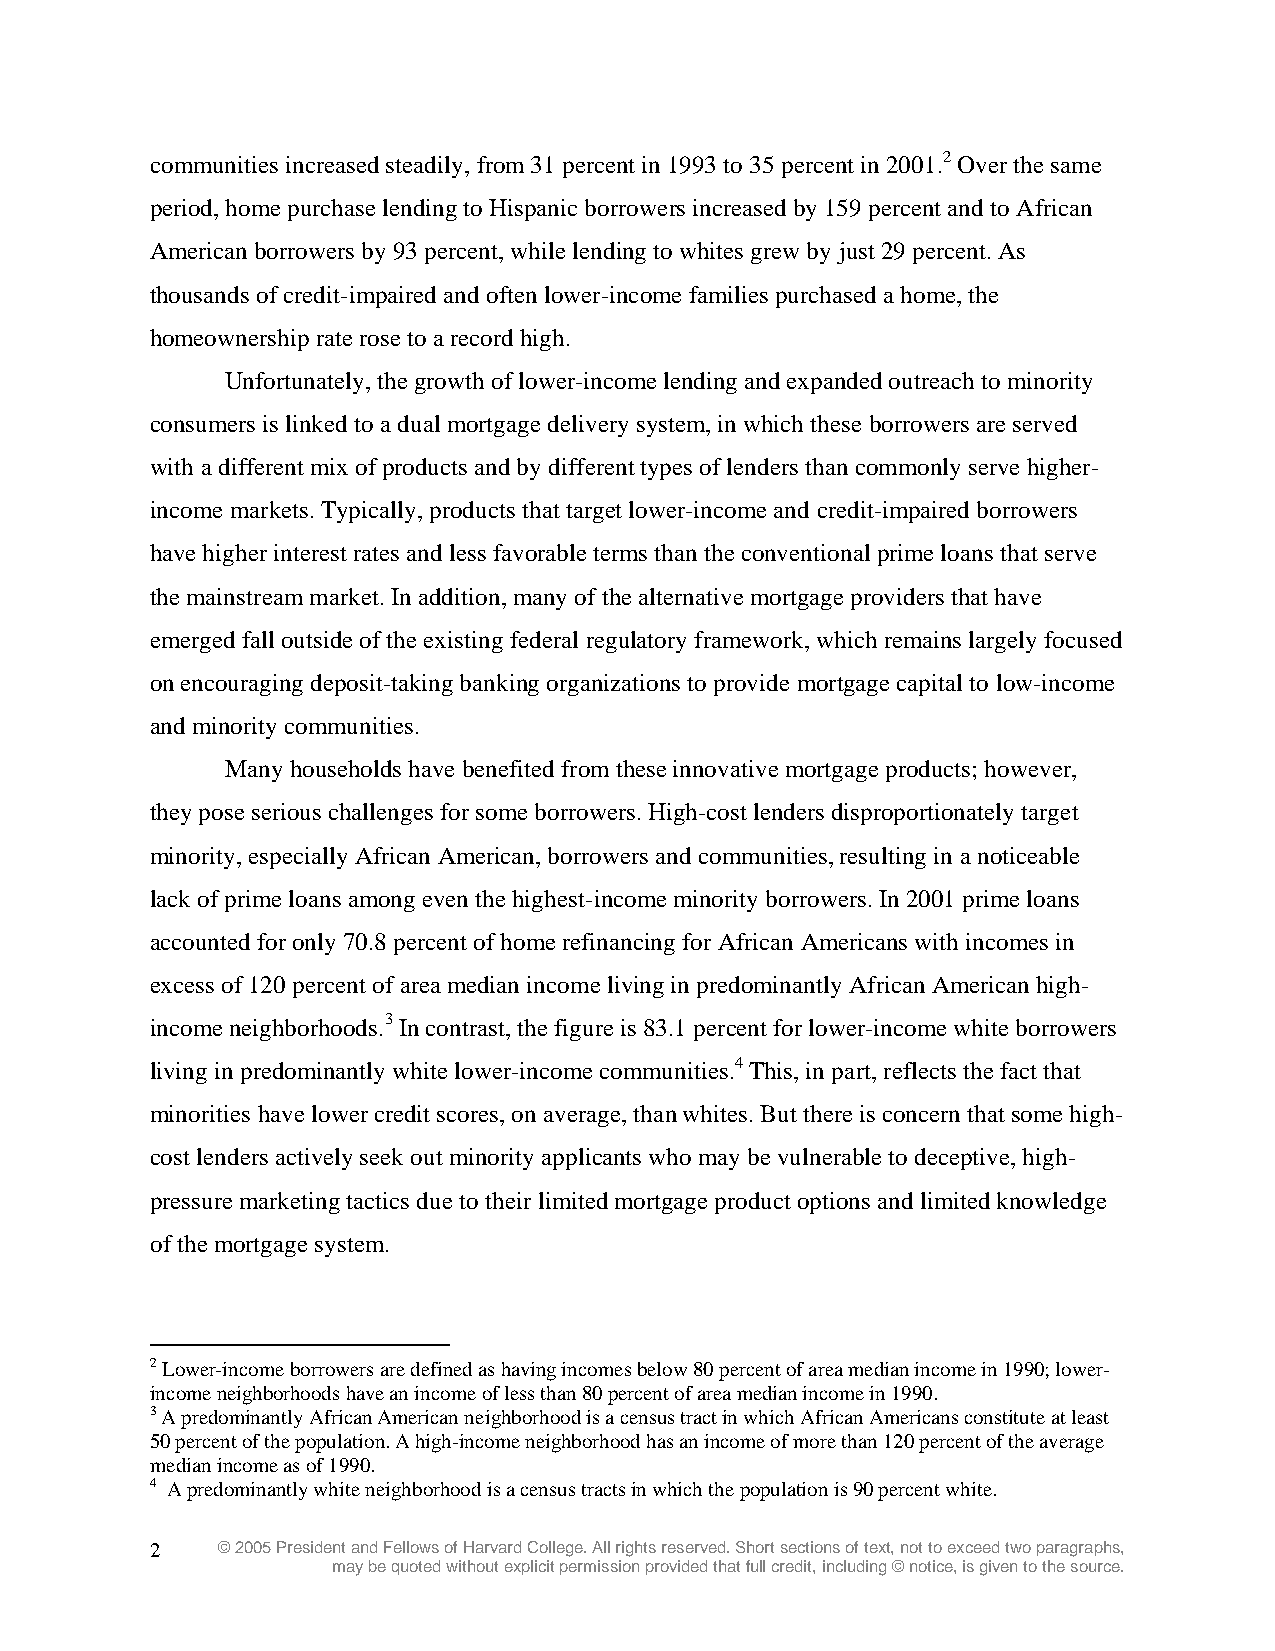
communities increased steadily, from 31 percent in 1993 to 35 percent in 2001.2 Over the same
 period, home purchase lending to Hispanic borrowers increased by 159 percent and to African
 American borrowers by 93 percent, while lending to whites grew by just 29 percent. As
 thousands of credit-impaired and often lower-income families purchased a home, the
 homeownership rate rose to a record high.
 Unfortunately, the growth of lower-income lending and expanded outreach to minority
 consumers is linked to a dual mortgage delivery system, in which these borrowers are served
 with a different mix of products and by different types of lenders than commonly serve higher-
 income markets. Typically, products that target lower-income and credit-impaired borrowers
 have higher interest rates and less favorable terms than the conventional prime loans that serve
 the mainstream market. In addition, many of the alternative mortgage providers that have
 emerged fall outside of the existing federal regulatory framework, which remains largely focused
 on encouraging deposit-taking banking organizations to provide mortgage capital to low-income
 and minority communities.
 Many households have benefited from these innovative mortgage products; however,
 they pose serious challenges for some borrowers. High-cost lenders disproportionately target
 minority, especially African American, borrowers and communities, resulting in a noticeable
 lack of prime loans among even the highest-income minority borrowers. In 2001 prime loans
 accounted for only 70.8 percent of home refinancing for African Americans with incomes in
 excess of 120 percent of area median income living in predominantly African American high-
 income neighborhoods.3 In contrast, the figure is 83.1 percent for lower-income white borrowers
 living in predominantly white lower-income communities.4 This, in part, reflects the fact that
 minorities have lower credit scores, on average, than whites. But there is concern that some high-
 cost lenders actively seek out minority applicants who may be vulnerable to deceptive, high-
 pressure marketing tactics due to their limited mortgage product options and limited knowledge
 of the mortgage system.
 2 Lower-income borrowers are defined as having incomes below 80 percent of area median income in 1990; lower-
 income neighborhoods have an income of less than 80 percent of area median income in 1990.
 3 A predominantly African American neighborhood is a census tract in which African Americans constitute at least
 50 percent of the population. A high-income neighborhood has an income of more than 120 percent of the average
 median income as of 1990.
 4 A predominantly white neighborhood is a census tracts in which the population is 90 percent white.
 2   © 2005 President and Fellows of Harvard College. All rights reserved. Short sections of text, not to exceed two paragraphs,
 may be quoted without explicit permission provided that full credit, including © notice, is given to the source.